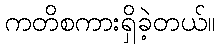
ကတိစကားရှိခဲ့တယ်။